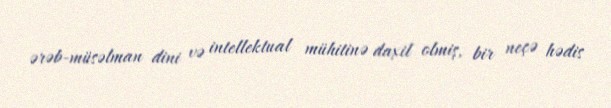
ərəb-müsəlman dini və intellektual mühitinə daxil olmiş, bir neçə hədis